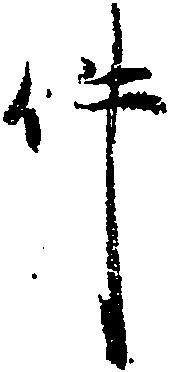
件